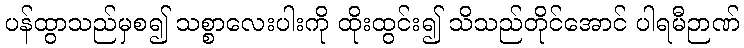
ပန်ထွာသည်မှစ၍ သစ္စာလေးပါးကို ထိုးထွင်း၍ သိသည်တိုင်အောင် ပါရမီဉာဏ်